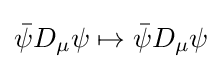
{\bar {\psi }}D_{\mu }\psi \mapsto {\bar {\psi }}D_{\mu }\psi